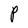
Character: P